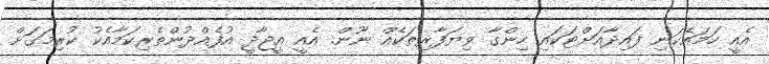
އެއީ ހަމައެކަނި ފައިދާއަށްޓަކައި ހިންގާ ވިޔަފާރިތަކެއް ނޫން. އެއީ އީޖާދީ އުފެއްދުންތެރިކަމާއެކު ކުރިމަގަށް